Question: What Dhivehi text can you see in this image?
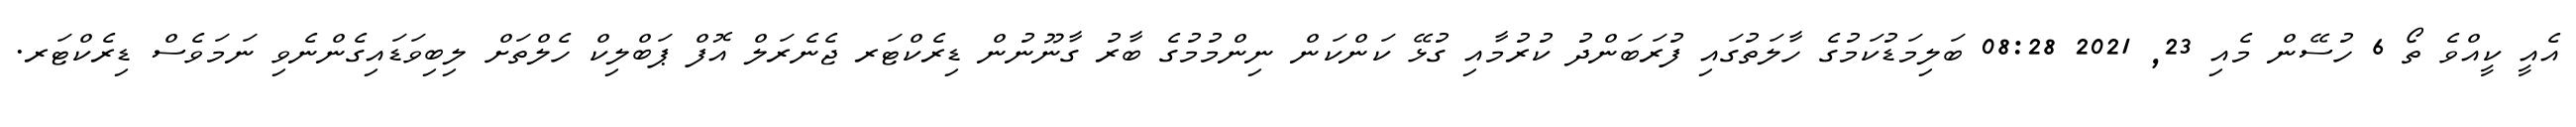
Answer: އެއީ ކީއްވެ ތޯ 6 ހުސޭން މެއި 23, 2021 08:28 ބަލިމަޑުކަމުގެ ހާލަތުގައި ފުރަބަންދު ކުރުމާއި ގުޅޭ ކަންކަން ނިންމުމުގެ ބާރު ގާނޫނުން ޑިރެކްޓަރ ޖެނެރަލް އޮފް ޕަބްލިކް ހެލްތަށް ލިބިވަޑައިގެންނެވި ނަމަވެސް ޑިރެކްޓަރ.